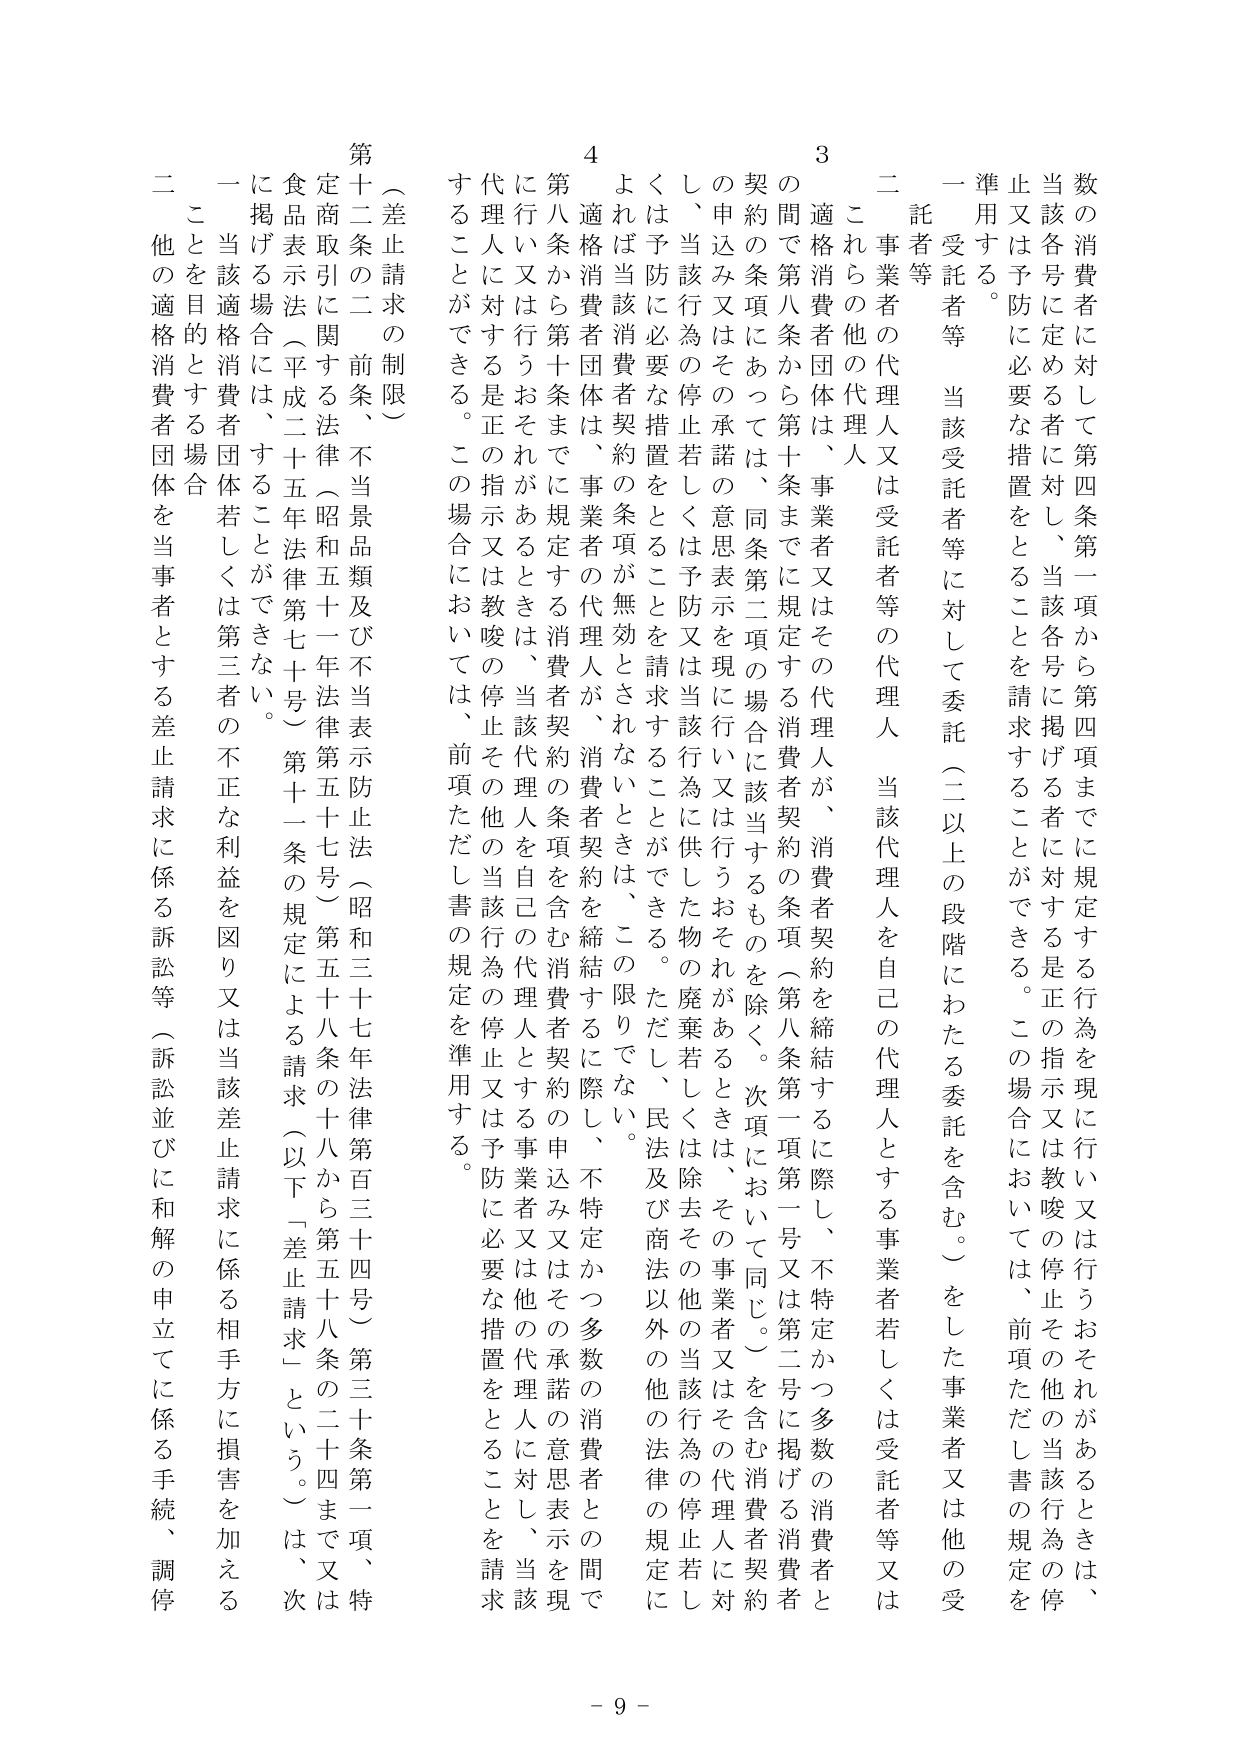
数の消費者に対して第四条第一項から第四項までに規定する行為を現に行い又は行うおそれがあるときは、当該各号に定める者に対し、当該各号に掲げる者に対する是正の指示又は教唆の停止その他の当該行為の停止又は予防に必要な措置をとることを請求することができる。この場合においては、前項ただし書の規定を準用する。

一 受託者等 当該受託者等に対して委託（二以上の段階にわたる委託を含む。）をした事業者又は他の受託者等

二 事業者の代理人又は受託者等の代理人 当該代理人を自己の代理人とする事業者若しくは受託者等又はこれらの他の代理人

3 適格消費者団体は、事業者又はその代理人が、消費者契約を締結するに際し、不特定かつ多数の消費者との間で第八条から第十条までに規定する消費者契約の条項（第八条第一項第一号又は第二号に掲げる消費者契約の条項にあっては、同条第二項の場合に該当するものを除く。次項において同じ。）を含む消費者契約の申込み又はその承諾の意思表示を現に行い又は行うおそれがあるときは、その事業者又はその代理人に対し、当該行為の停止若しくは予防に必要な措置をとることを請求することができる。ただし、民法及び商法以外の他の法律の規定によれば当該消費者契約の条項が無効とされないときは、この限りでない。

4 適格消費者団体は、事業者の代理人が、消費者契約を締結するに際し、不特定かつ多数の消費者との間で第八条から第十条までに規定する消費者契約の条項を含む消費者契約の申込み又はその承諾の意思表示を現に行い又は行うおそれがあるときは、当該代理人を自己の代理人とする事業者又は他の代理人に対し、当該代理人に対する是正の指示又は教唆の停止その他の当該行為の停止又は予防に必要な措置をとることを請求することができる。この場合においては、前項ただし書の規定を準用する。

（差止請求の制限）

第十二条の二 前条、不当景品類及び不当表示防止法（昭和三十七年法律第百三十四号）第三十条第一項、特定商取引に関する法律（昭和五十一年法律第五十七号）第五十八条の十八から第五十八条の二十四まで又は食品表示法（平成二十五年法律第七十号）第十一条の規定による請求（以下「差止請求」という。）は、次に掲げる場合には、することができない。

一 当該適格消費者団体若しくは第三者の不正な利益を図り又は当該差止請求に係る相手方に損害を加えることを目的とする場合

二 他の適格消費者団体を当事者とする差止請求に係る訴訟等（訴訟並びに和解の申立てに係る手続、調停

- 9 -